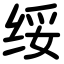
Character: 绥